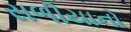
સળીયાનો